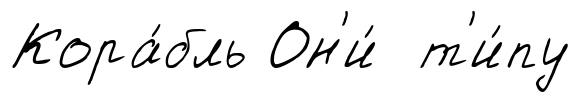
Кора́бль Он'и́ т'и́пу